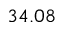
3 4 . 0 8